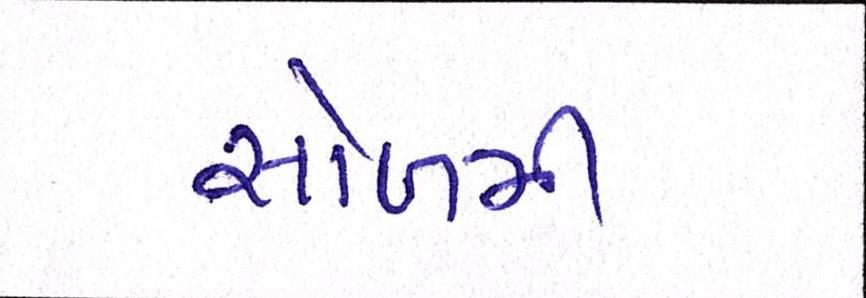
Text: સોળમી